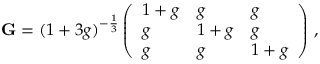
\mathbf { G } = ( 1 + 3 g ) ^ { - \frac { 1 } { 3 } } \left( \begin{array} { l l l } { 1 + g } & { g } & { g } \\ { g } & { 1 + g } & { g } \\ { g } & { g } & { 1 + g } \end{array} \right) \, ,